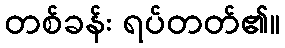
တစ်ခန်း ရပ်တတ်၏။